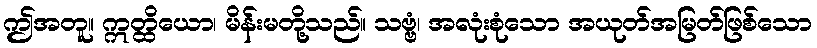
ဤအတူ။ ဣတ္ထိယော၊ မိန်းမတို့သည်။ သဗ္ဗံ၊ အလုံးစုံသော အယုတ်အမြတ်ဖြစ်သော